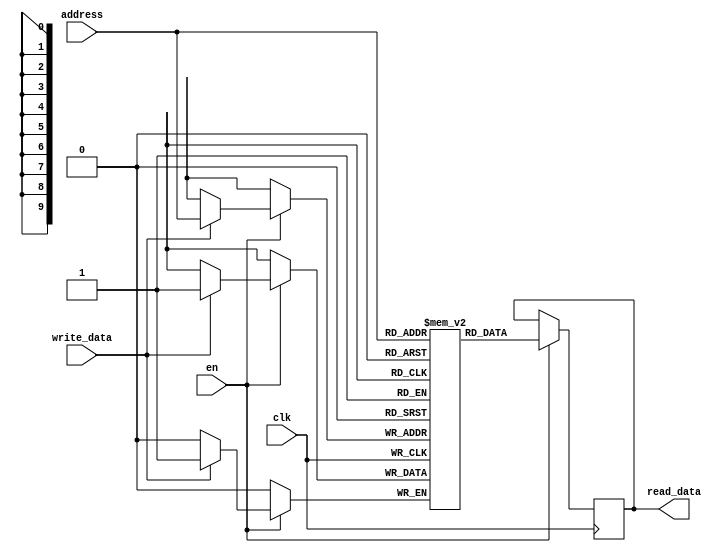
module SRAM(
    input wire clk,
    input wire en,
    input wire[ADDRESS_WIDTH-1:0] address,
    input wire write_data,
    output reg read_data
);

parameter ADDRESS_WIDTH = 10;
parameter DATA_WIDTH = 1;

reg [DATA_WIDTH-1:0] memory [0:2**ADDRESS_WIDTH-1];

always @(posedge clk) begin
    if(en) begin
        if(write_data) begin
            memory[address] <= write_data;
        end
        read_data <= memory[address];
    end
end

endmodule